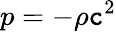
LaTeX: p=-\rho\mathtt{c}^{2}